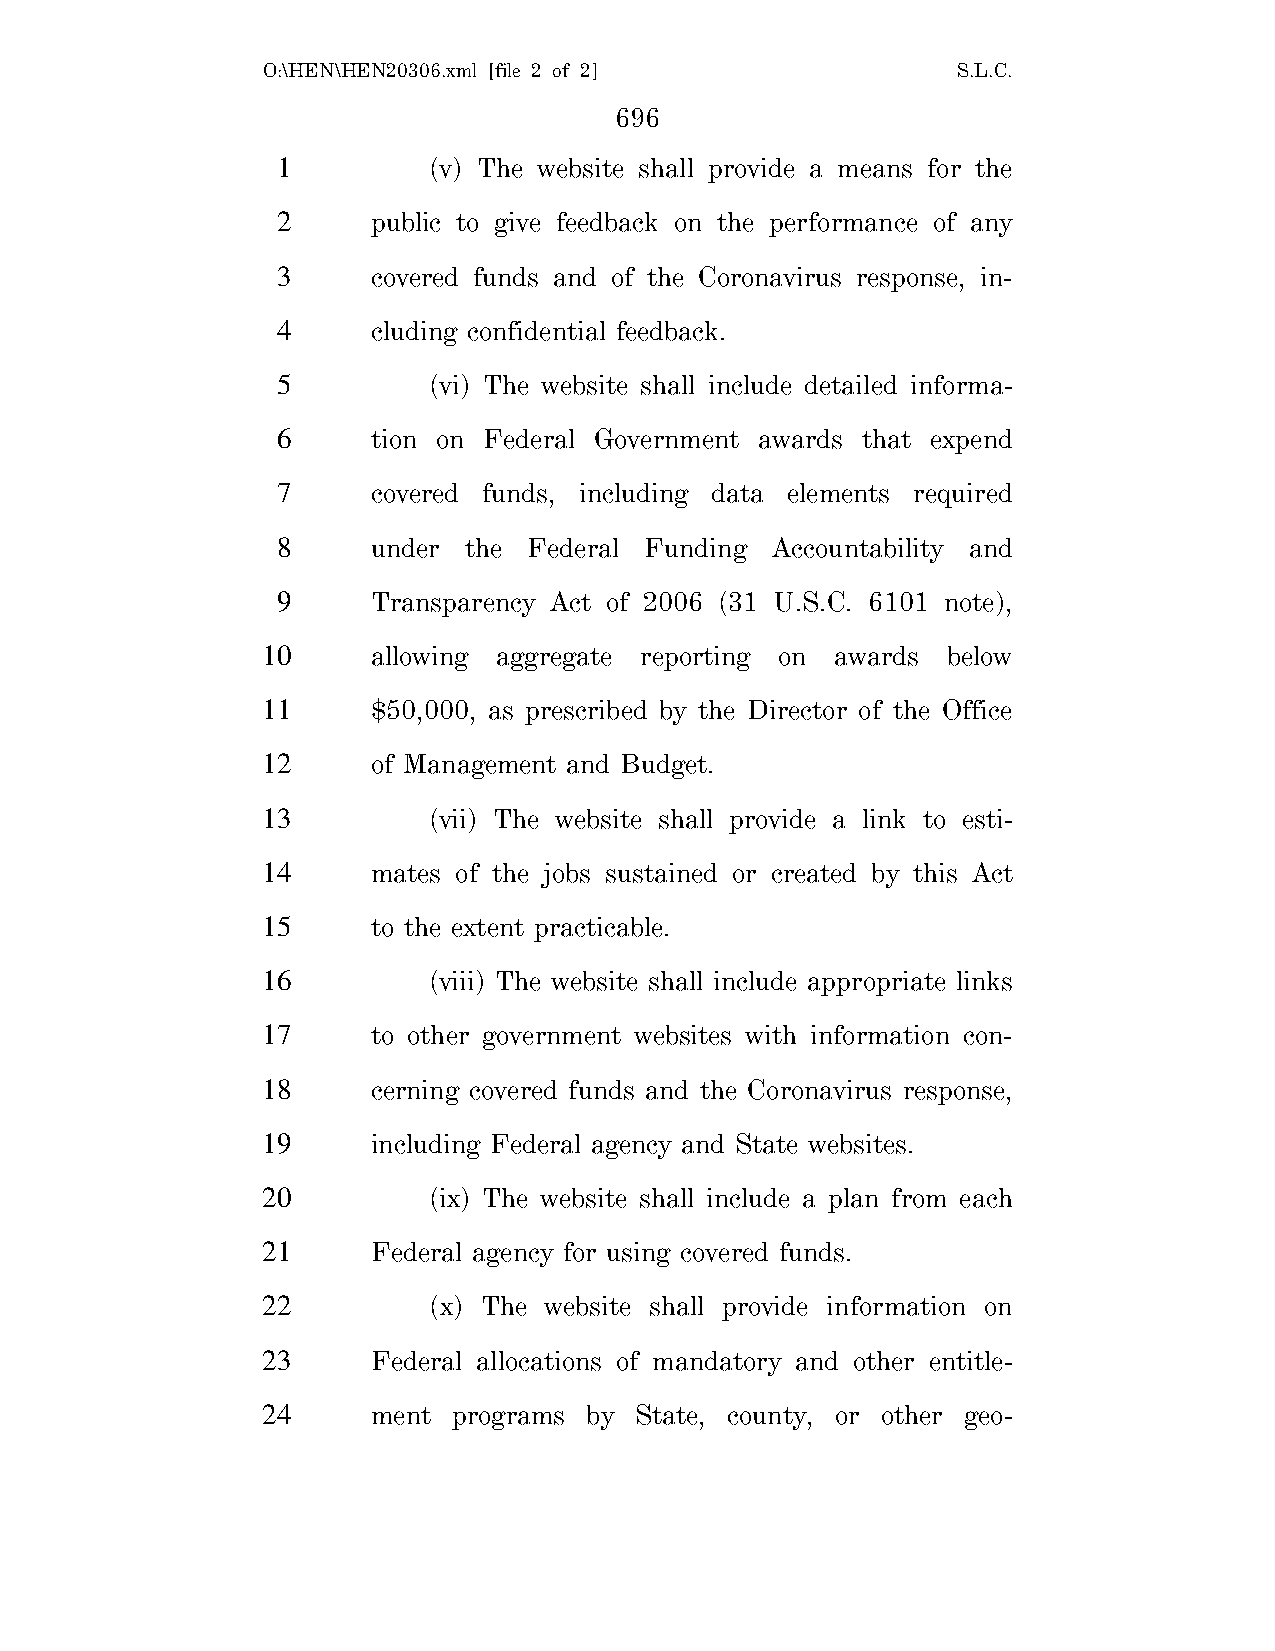
O:\HEN\HEN20306.xml [file 2 of 2]             S.L.C.
 696
 1         (v) The website shall provide a means for the
 2      public to give feedback on the performance of any
 3      covered funds and of the Coronavirus response, in-
 4      cluding confidential feedback.
 5         (vi) The website shall include detailed informa-
 6      tion on Federal Government awards that expend
 7      covered funds, including data elements required
 8      under the Federal Funding Accountability and
 9      Transparency Act of 2006 (31 U.S.C. 6101 note),
 10      allowing aggregate reporting on awards below
 11      $50,000, as prescribed by the Director of the Office
 12      of Management and Budget.
 13         (vii) The website shall provide a link to esti-
 14      mates of the jobs sustained or created by this Act
 15      to the extent practicable.
 16         (viii) The website shall include appropriate links
 17      to other government websites with information con-
 18      cerning covered funds and the Coronavirus response,
 19      including Federal agency and State websites.
 20         (ix) The website shall include a plan from each
 21      Federal agency for using covered funds.
 22         (x) The website shall provide information on
 23      Federal allocations of mandatory and other entitle-
 24      ment programs by State, county, or other geo-